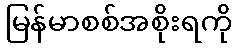
မြန်မာစစ်အစိုးရကို